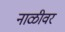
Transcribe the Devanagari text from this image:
नाळीवर